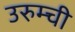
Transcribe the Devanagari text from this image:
उरुम्ची